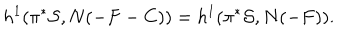
LaTeX: h ^ { 1 } ( \pi ^ { * } { \cal S } , N ( - F - C ) ) = h ^ { 1 } ( \pi ^ { * } { \cal S } , N ( - F ) ) .